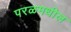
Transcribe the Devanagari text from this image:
परळमधील